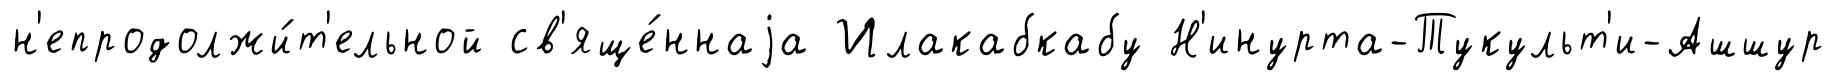
н'епродолжи́т'ельной св'яще́ннаjа Илакабкабу Н'инурта-Тукульт'и-Ашшур